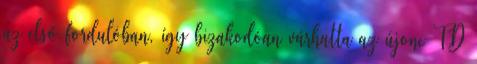
az első fordulóban, így bizakodóan várhatta az újonc TD